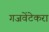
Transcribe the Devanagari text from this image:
गजवेंटेकरा